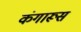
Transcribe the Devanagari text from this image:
कंगारूस